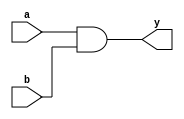
module andarray_dataflow(y,a,b);
output[16:1] y;
input[16:1] a,b;
assign 
  y=a&b;
endmodule